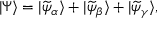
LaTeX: | \Psi \rangle = | \widetilde { \psi } _ { \alpha } \rangle + | \widetilde { \psi } _ { \beta } \rangle + | \widetilde { \psi } _ { \gamma } \rangle ,